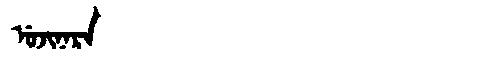
Manchu: ᡠᠵᡳᠨᠠᡵᠠ
Romanization: UJINARA